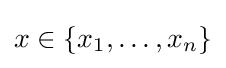
x\in \{x_{1},\ldots ,x_{n}\}